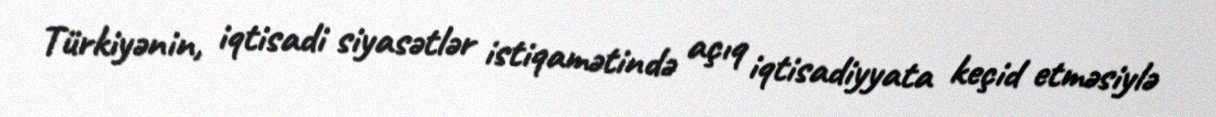
Türkiyənin, iqtisadi siyasətlər istiqamətində açıq iqtisadiyyata keçid etməsiylə